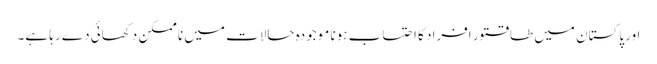
اور پاکستان میں طاقتور افراد کا احتساب ہونا موجودہ حالات میں نا ممکن دکھائی دے رہا ہے۔